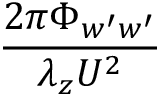
\frac { 2 \pi \Phi _ { w ^ { \prime } w ^ { \prime } } } { \lambda _ { z } U ^ { 2 } }